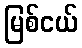
မြစ်ငယ်